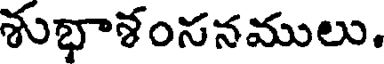
శుభాశంసనములు.